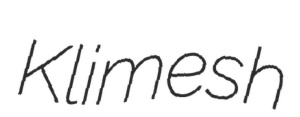
Klimesh